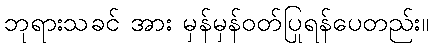
ဘုရားသခင် အား မှန်မှန်ဝတ်ပြုရန်ပေတည်း။